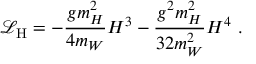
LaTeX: { \mathcal { L } } _ { \mathrm { H } } = - { \frac { g m _ { H } ^ { 2 } } { 4 m _ { W } } } H ^ { 3 } - { \frac { g ^ { 2 } m _ { H } ^ { 2 } } { 3 2 m _ { W } ^ { 2 } } } H ^ { 4 } ~ .